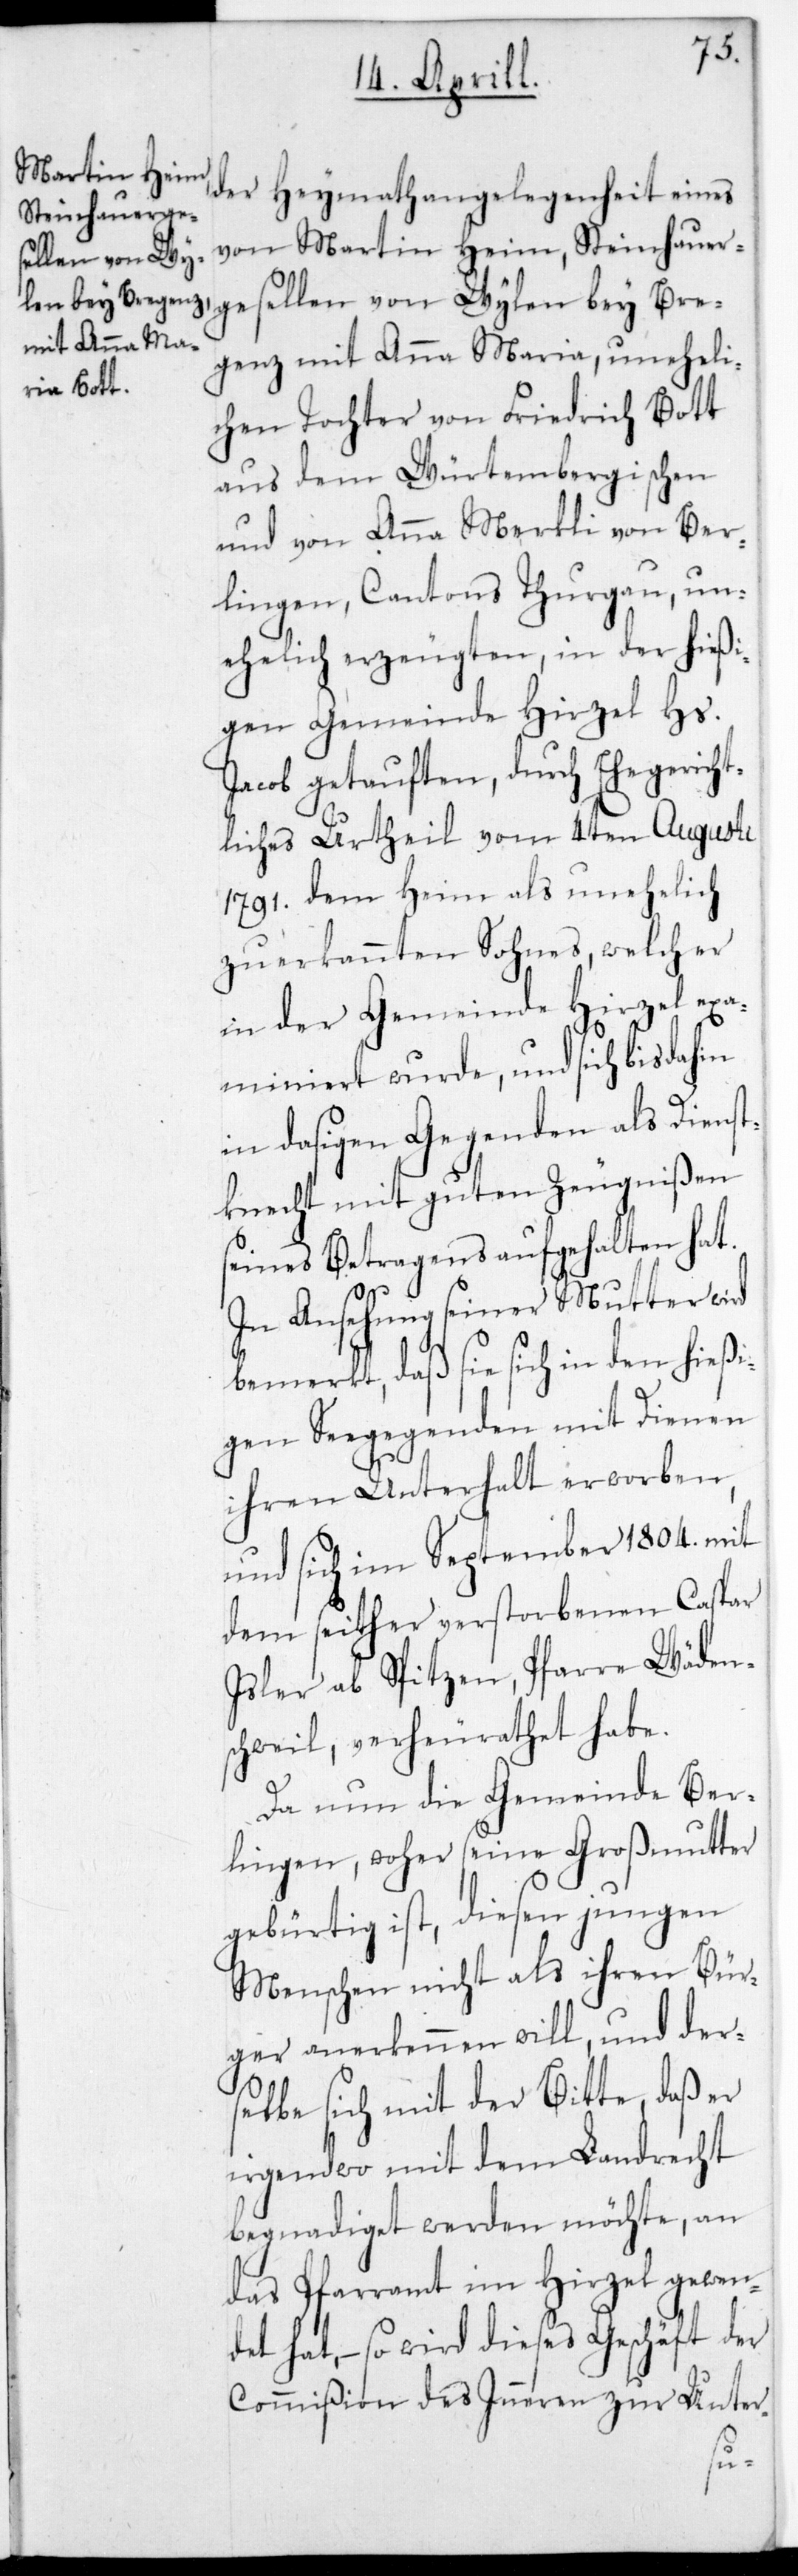
der Heymathangelegenheit eines
von Martin Heim, Steinhauer¬
gesellen von Wylen bey Bre¬
genz mit Anna Maria, uneheli¬
chen Tochter von Friedrich Bott
aus dem Würtembergischen,
und von Anna Merkli von Ber¬
lingen, Cantons Thurgau, un¬
ehelich erzeugten, in der hießi¬
gen Gemeinde Hirzel Hs.
Jacob getauften, durch Ehegericht¬
liches Urtheil vom 4ten Augusti
1791 dem Heim als unehelich
zuerkannten Sohnes, welcher
in der Gemeinde Hirzel exa¬
miniert wurde, und sich bis dahin
in dasigen Gegenden als Dienst¬
knecht mit guten Zeugnißen
seines Betragens aufgehalten hat.
In Ansehung seiner Mutter wird
bemerkt, daß sie sich in den hießi¬
gen Seegegenden mit Dienen
ihren Unterhalt erworben,
und sich im September 1804. mit
dem seither verstorbenen Caspar
Isler ab Spitzen, Pfarre Wäden¬
schweil, verheurathet habe.
Da nun die Gemeinde Ber¬
lingen, woher seine Großmutter
gebürtig ist, diesen jungen
Menschen nicht als ihren Bür¬
ger anerkennen will, und der¬
selbe sich mit der Bitte, daß er
irgendwo mit dem Landrecht
begnadiget werden möchte, an
das Pfarramt im Hirzel gewen¬
det hat, – so wird dieses Geschäft der
Commißion des Inneren zur Unter-